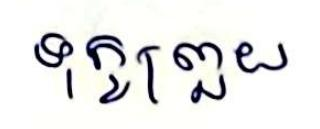
ទុក្ខព្រួយ